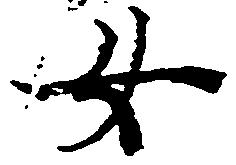
女